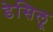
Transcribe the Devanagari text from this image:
डेसिलू